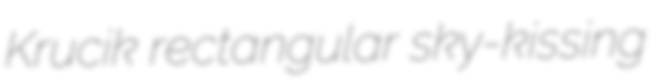
Krucik rectangular sky-kissing